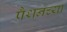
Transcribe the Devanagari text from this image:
पैथनच्या